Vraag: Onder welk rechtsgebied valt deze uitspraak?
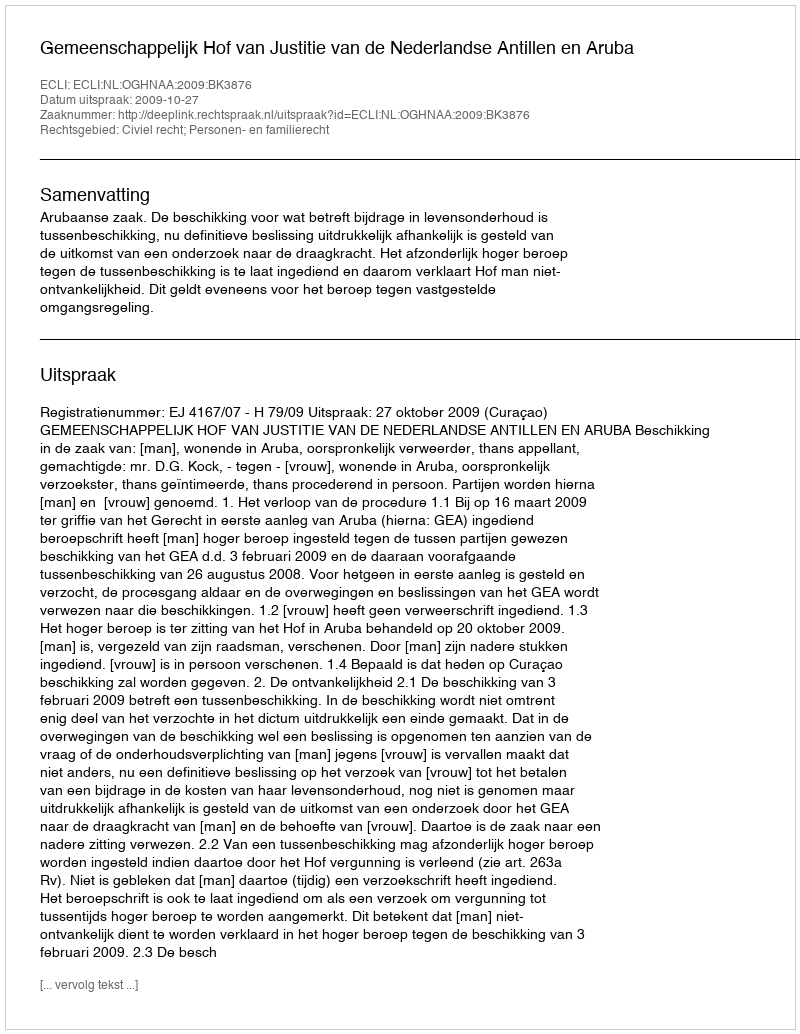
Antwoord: Civiel recht; Personen- en familierecht